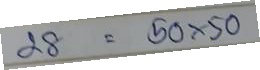
28 = 50x50